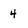
Character: 4